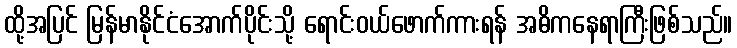
ထို့အပြင် မြန်မာနိုင်ငံအောက်ပိုင်းသို့ ရောင်းဝယ်ဖောက်ကားရန် အဓိကနေရာကြီးဖြစ်သည်။